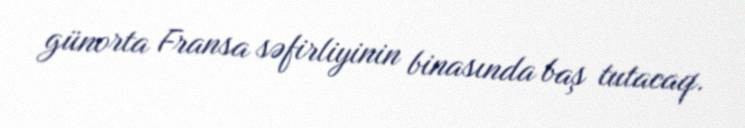
günorta Fransa səfirliyinin binasında baş tutacaq.